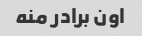
اون برادر منه